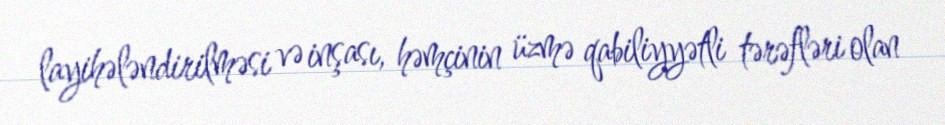
layihələndirilməsi və inşası, həmçinin üzmə qabiliyyətli tərəfləri olan